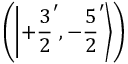
\left( \left| + { \frac { 3 } { 2 } } ^ { \prime } , - { \frac { 5 } { 2 } } ^ { \prime } \right\rangle \right)